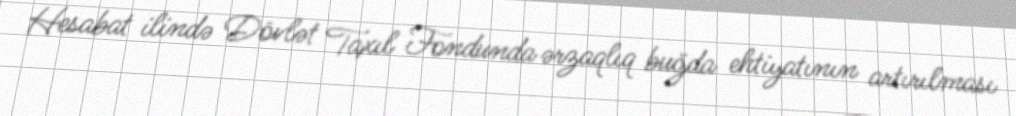
Hesabat ilində Dövlət Taxıl Fondunda ərzaqlıq buğda ehtiyatının artırılması